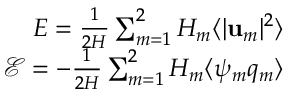
\begin{array} { r } { E = \frac { 1 } { 2 H } \sum _ { m = 1 } ^ { 2 } H _ { m } \langle | \mathbf { u } _ { m } | ^ { 2 } \rangle } \\ { \mathcal { E } = - \frac { 1 } { 2 H } \sum _ { m = 1 } ^ { 2 } H _ { m } \langle \psi _ { m } q _ { m } \rangle } \end{array}